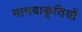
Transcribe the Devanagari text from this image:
मानवाकृतियों